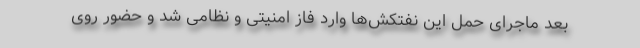
بعد ماجرای حمل این نفتکش‌ها وارد فاز امنیتی و نظامی شد و حضور روی